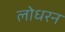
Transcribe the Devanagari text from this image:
लोधरन